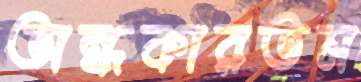
অন্ধকারতম